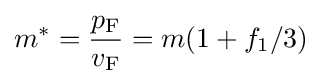
m^{*}={\frac {p_{\rm {F}}}{v_{\rm {F}}}}=m(1+f_{1}/3)